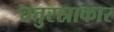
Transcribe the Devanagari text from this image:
चतुरस्राकार